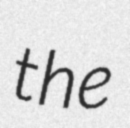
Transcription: the